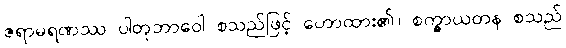
ဇရာမရဏဿ ပါတုဘာဝေါ စသည်ဖြင့် ဟောထား၏။ စက္ခာယတန စသည်